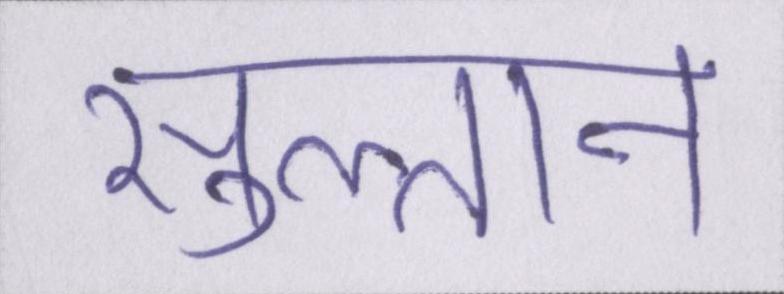
सुल्तान